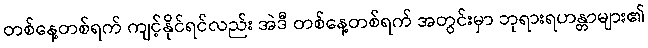
တစ်နေ့တစ်ရက် ကျင့်နိုင်ရင်လည်း အဲဒီ တစ်နေ့တစ်ရက် အတွင်းမှာ ဘုရားရဟန္တာများ၏